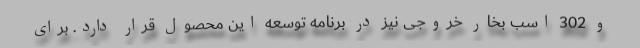
و 302 اسب بخار خروجی نیز در برنامه توسعه این محصول قرار دارد. برای